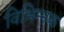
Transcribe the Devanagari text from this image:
विभिन्नक